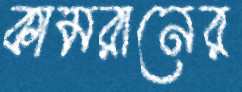
কামরানের